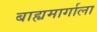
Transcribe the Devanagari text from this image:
बाह्यमार्गाला